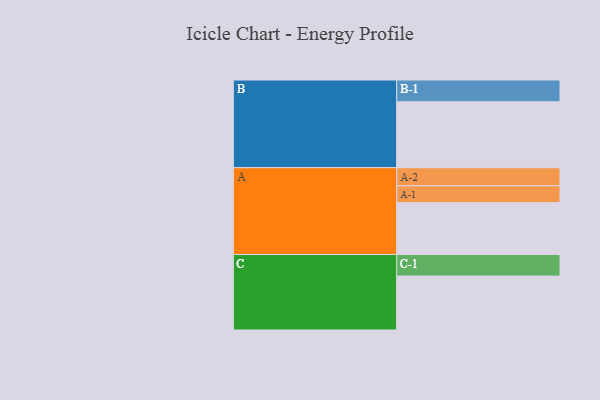
{"axis": {"x": "Segment", "y": "Value"}, "legend": ["", "A", "B", "C"], "data": [{"x": "A", "y": 468, "type": ""}, {"x": "B", "y": 594, "type": ""}, {"x": "C", "y": 486, "type": ""}, {"x": "A-1", "y": 151, "type": "A"}, {"x": "A-2", "y": 163, "type": "A"}, {"x": "B-1", "y": 196, "type": "B"}, {"x": "C-1", "y": 194, "type": "C"}]}